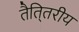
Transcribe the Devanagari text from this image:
तैति्तरीय